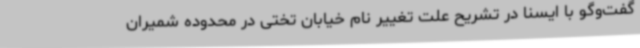
گفت‌وگو با ایسنا در تشریح علت تغییر نام خیابان تختی در محدوده شمیران